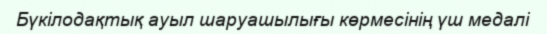
Бүкілодақтық ауыл шаруашылығы көрмесінің үш медалі